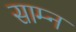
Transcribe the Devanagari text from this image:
साम्न